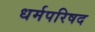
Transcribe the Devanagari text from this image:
धर्मपरिषद